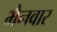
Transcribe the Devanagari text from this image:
भैनवार